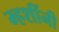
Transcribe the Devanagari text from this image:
म्हशींनी